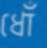
ধোঁ